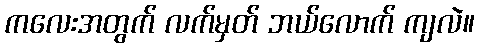
ကလေးအတွက် လက်မှတ် ဘယ်လောက် ကျလဲ။